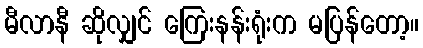
မီလာနီ ဆိုလျှင် ကြေးနန်းရုံးက မပြန်တော့။